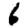
Digit: 6